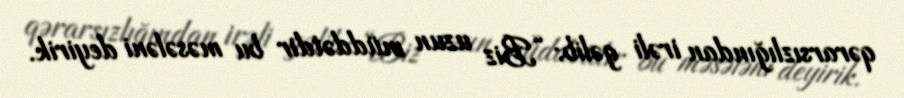
qərarsızlığından irəli gəlib: “Biz uzun müddətdir bu məsələni deyirik.